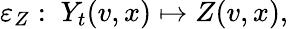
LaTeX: \varepsilon_{Z}:\ Y_{t}(v,x)\mapsto Z(v,x),